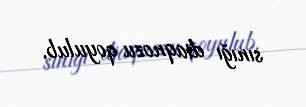
sınığı diaqnozu qoyulub.